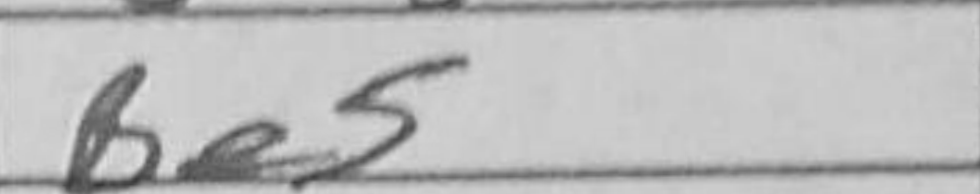
Transcription: Be5